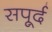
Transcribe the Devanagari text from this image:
सपूर्द